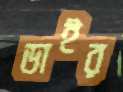
ডাইর